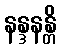
နန္ဒနန္တိ